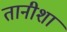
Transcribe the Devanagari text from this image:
तानीशा